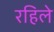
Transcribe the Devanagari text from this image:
रहिले